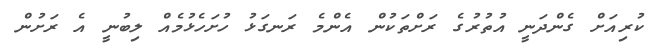
ކުރިއަށް ގެންދަނީ އުތުރުގެ ރަށްތަކުން އެންމެ ރަނގަޅު ހުށަހެޅުމެއް ލިބުނީ އެ ރަށުން